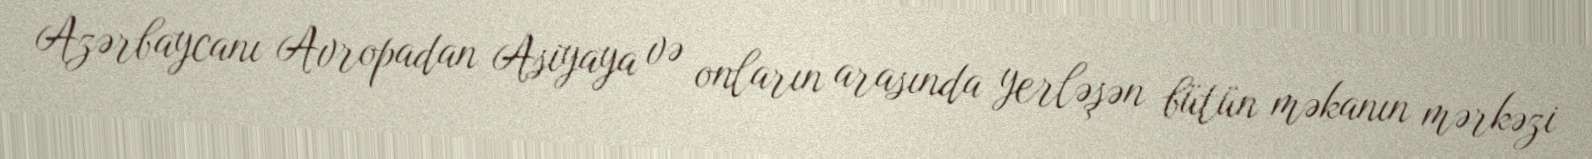
Azərbaycanı Avropadan Asiyaya və onların arasında yerləşən bütün məkanın mərkəzi